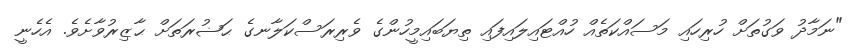
"ނަމާދު ވަގުތަށް ހުރިހައި މަސައްކަތެއް ހުއްޓައިލައިފައި ތިޔަބައިމީހުންގެ ވެރިރަސްކަލާނގެ ޙަޟުރަތަށް ޙާޒިރުވާށެވެ. އެހެނީ